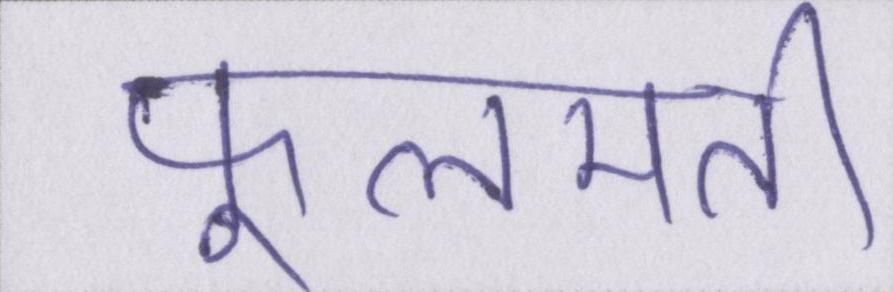
फूलमती